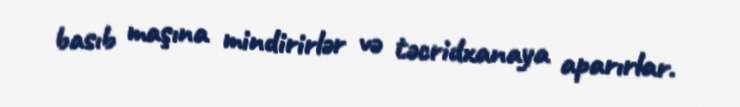
basıb maşına mindirirlər və təcridxanaya aparırlar.